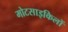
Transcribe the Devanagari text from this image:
मोटसाइकिलों